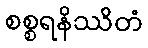
စစ္စရနိဿိတံ